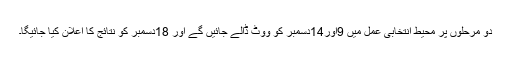
دو مرحلوں پر محیط انتخابی عمل میں 9اور14دسمبر کو ووٹ ڈالے جائیں گے اور 18دسمبر کو نتائج کا اعلان کیا جائیگا۔